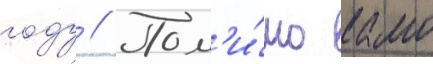
году // Пом'и́мо камо